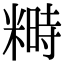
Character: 𥻵